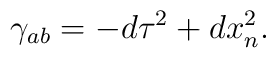
\gamma_{ab}= -d\tau^2 +dx_n^2.